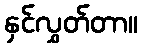
နှင်လွှတ်တာ။